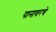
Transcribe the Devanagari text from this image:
पानावरचे